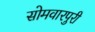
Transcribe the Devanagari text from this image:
सोमवारपुरी